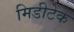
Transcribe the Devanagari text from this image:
मिडीटेक